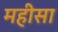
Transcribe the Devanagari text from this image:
महीसा